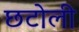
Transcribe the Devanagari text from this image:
छटोली